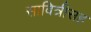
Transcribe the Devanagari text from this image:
सावित्रीसह